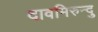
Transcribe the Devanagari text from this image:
दावमिरुन्दु